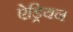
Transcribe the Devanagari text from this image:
ऐड्रियन